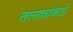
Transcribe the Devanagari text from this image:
तलावांकडे